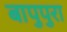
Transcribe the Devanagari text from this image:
बापुपुरा